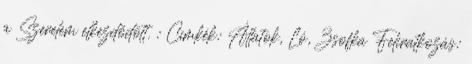
a Szerelem elkezdődött. : Címkék: Állatok, Ló, Zsofka Feliratkozás: